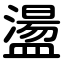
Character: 盪